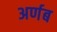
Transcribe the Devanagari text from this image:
अर्णब